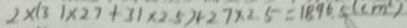
2 \times ( 3 1 \times 2 7 + 3 1 \times 2 . 5 ) + 2 7 \times 2 . 5 = 1 8 9 6 . 5 ( c m ^ { 2 } )